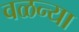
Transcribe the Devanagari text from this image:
वळन्या